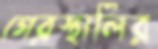
গেরস্থালির